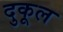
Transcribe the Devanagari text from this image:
दुकूल